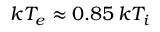
k T _ { e } \approx 0 . 8 5 \, k T _ { i }